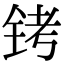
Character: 铐